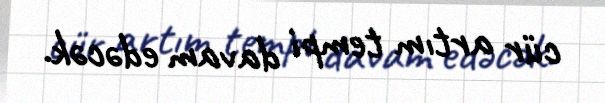
cür artım tempi davam edəcək.